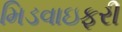
મિડવાઇફરી